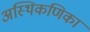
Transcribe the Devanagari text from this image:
अस्थिकणिका